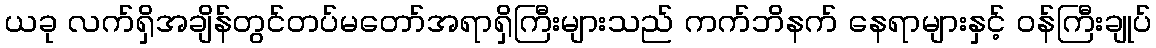
ယခု လက်ရှိအချိန်တွင်တပ်မတော်အရာရှိကြီးများသည် ကက်ဘိနက် နေရာများနှင့် ဝန်ကြီးချုပ်